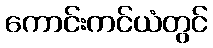
ကောင်းကင်ယံတွင်